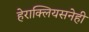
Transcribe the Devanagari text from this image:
हेराक्लियसनेही